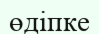
өдіпке